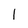
Character: 1